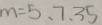
3 5 = 5 、 7 、 3 5